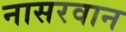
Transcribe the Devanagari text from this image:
नासरवान